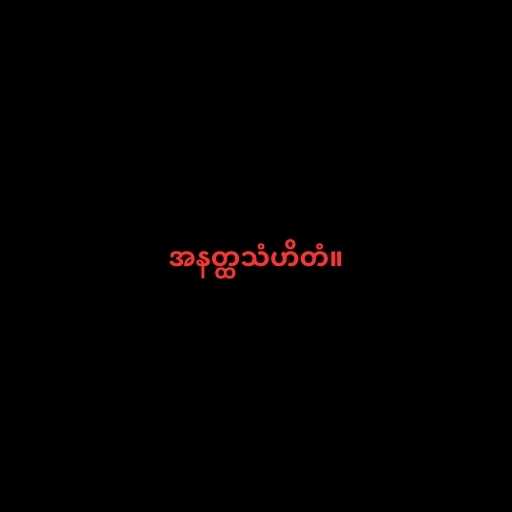
အနတ္ထသံဟိတံ။